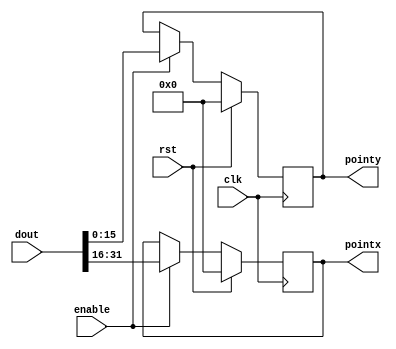
`timescale 1ns / 1ps
//////////////////////////////////////////////////////////////////////////////////
// Company: 
// Engineer: 
// 
// Design Name: 
// Module Name: store_pointxy
// Project Name: 
// Target Devices: 
// Tool Versions: 
// Description: 
// 
// Dependencies: 
// 
// Revision:
// Revision 0.01 - File Created
// Additional Comments:
// 
//////////////////////////////////////////////////////////////////////////////////
`define DEPTH 1024
`define LOG_DEPTH 10
`define WIDTH 16
`define DOUBLE_WIDTH 32
`define NUM_LABEL 8
`define LOG_NUM_LABEL 3

module get_pointxy(
    input clk,
    input rst,
    input enable,
    input [`DOUBLE_WIDTH-1:0] dout,
    output reg [`WIDTH-1:0] pointx, 
    output reg [`WIDTH-1:0] pointy
    );
    
    always@(posedge clk)
        begin
            if(rst) 
            begin
                pointx<=`WIDTH'b0;
                pointy<=`WIDTH'b0;
            end
            else if(enable)
            begin
                pointx<=dout[`DOUBLE_WIDTH-1:`WIDTH];
                pointy<=dout[`WIDTH-1:0];
            end
     end
endmodule